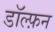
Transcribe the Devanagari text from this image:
डॉल्फ़न